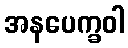
အနပေက္ခဝါ